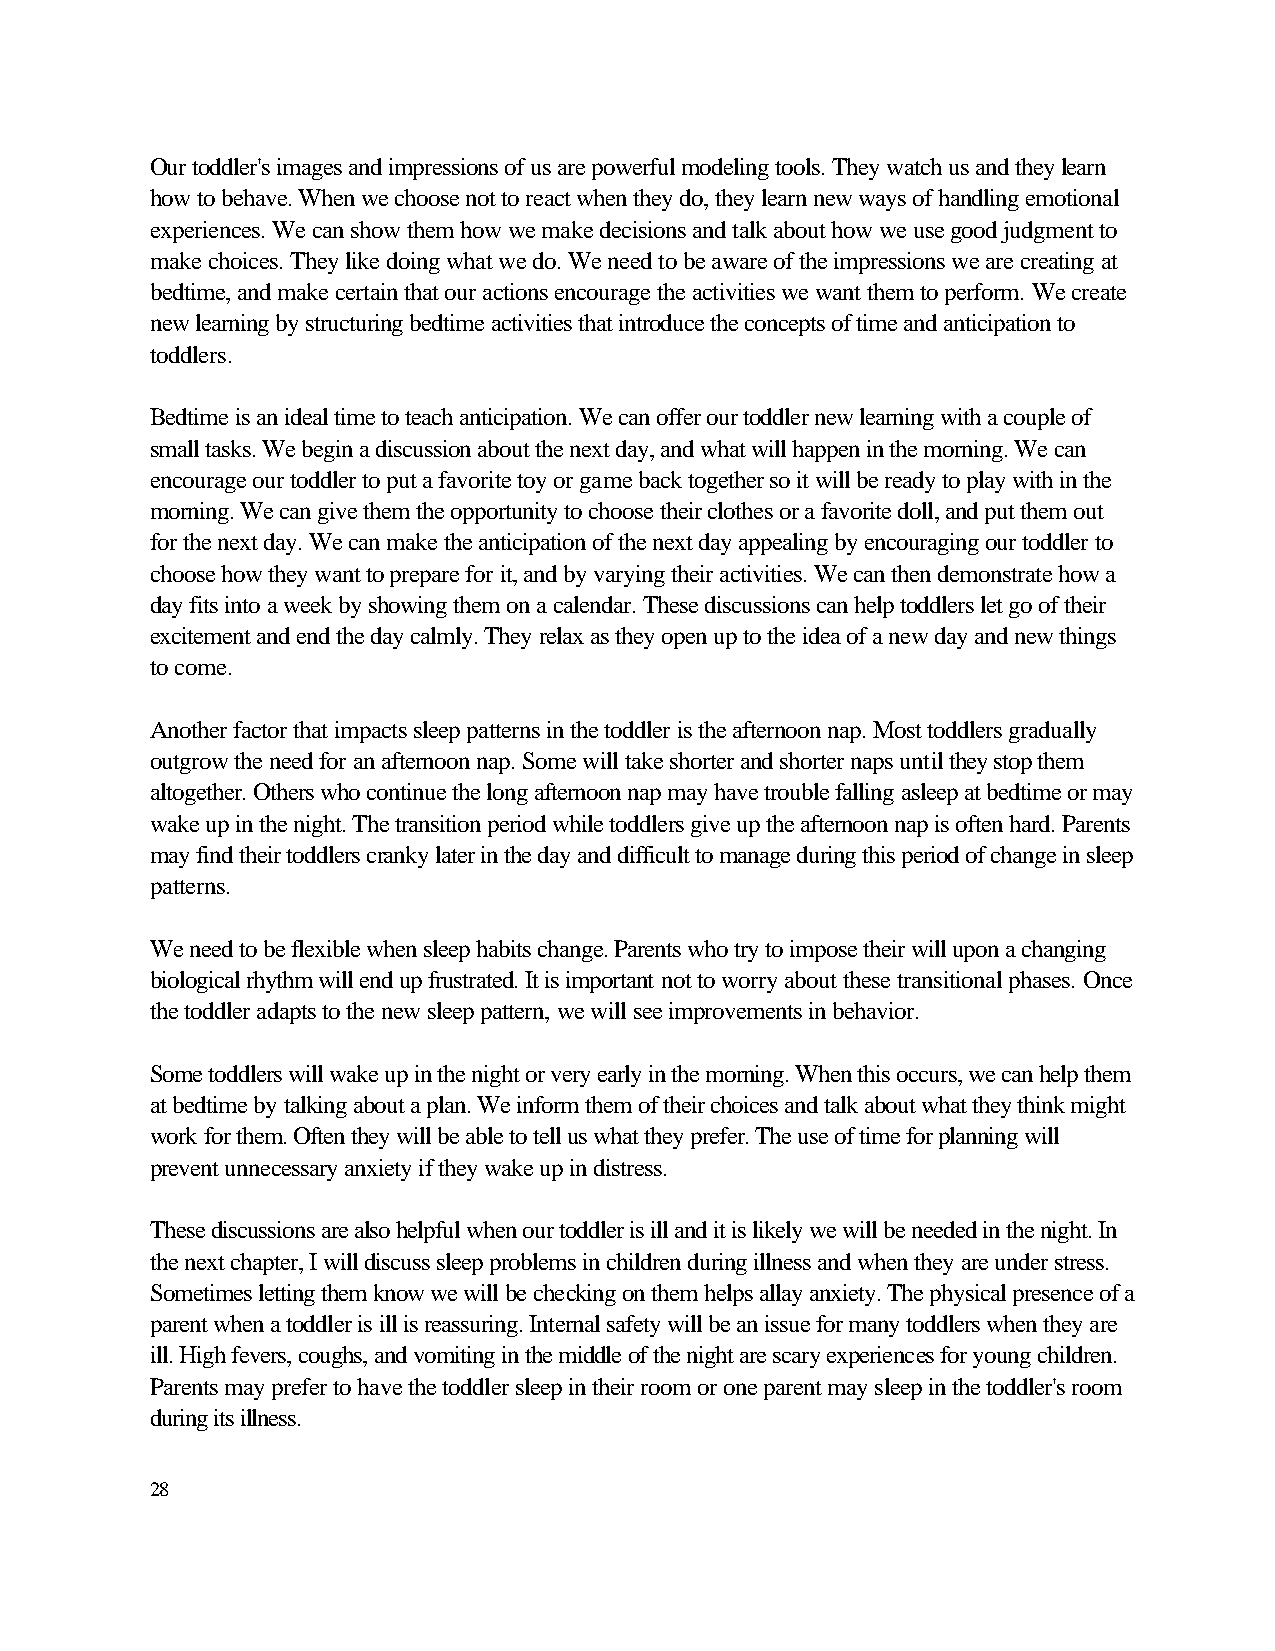
Our toddler's images and impressions of us are powerful modeling tools. They watch us and they learn
 how to behave. When we choose not to react when they do, they learn new ways of handling emotional
 experiences. We can show them how we make decisions and talk about how we use good judgment to
 make choices. They like doing what we do. We need to be aware of the impressions we are creating at
 bedtime, and make certain that our actions encourage the activities we want them to perform. We create
 new learning by structuring bedtime activities that introduce the concepts of time and anticipation to
 toddlers.
 Bedtime is an ideal time to teach anticipation. We can offer our toddler new learning with a couple of
 small tasks. We begin a discussion about the next day, and what will happen in the morning. We can
 encourage our toddler to put a favorite toy or game back together so it will be ready to play with in the
 morning. We can give them the opportunity to choose their clothes or a favorite doll, and put them out
 for the next day. We can make the anticipation of the next day appealing by encouraging our toddler to
 choose how they want to prepare for it, and by varying their activities. We can then demonstrate how a
 day fits into a week by showing them on a calendar. These discussions can help toddlers let go of their
 excitement and end the day calmly. They relax as they open up to the idea of a new day and new things
 to come.
 Another factor that impacts sleep patterns in the toddler is the afternoon nap. Most toddlers gradually
 outgrow the need for an afternoon nap. Some will take shorter and shorter naps until they stop them
 altogether. Others who continue the long afternoon nap may have trouble falling asleep at bedtime or may
 wake up in the night. The transition period while toddlers give up the afternoon nap is often hard. Parents
 may find their toddlers cranky later in the day and difficult to manage during this period of change in sleep
 patterns.
 We need to be flexible when sleep habits change. Parents who try to impose their will upon a changing
 biological rhythm will end up frustrated. It is important not to worry about these transitional phases. Once
 the toddler adapts to the new sleep pattern, we will see improvements in behavior.
 Some toddlers will wake up in the night or very early in the morning. When this occurs, we can help them
 at bedtime by talking about a plan. We inform them of their choices and talk about what they think might
 work for them. Often they will be able to tell us what they prefer. The use of time for planning will
 prevent unnecessary anxiety if they wake up in distress.
 These discussions are also helpful when our toddler is ill and it is likely we will be needed in the night. In
 the next chapter, I will discuss sleep problems in children during illness and when they are under stress.
 Sometimes letting them know we will be checking on them helps allay anxiety. The physical presence of a
 parent when a toddler is ill is reassuring. Internal safety will be an issue for many toddlers when they are
 ill. High fevers, coughs, and vomiting in the middle of the night are scary experiences for young children.
 Parents may prefer to have the toddler sleep in their room or one parent may sleep in the toddler's room
 during its illness.
 28